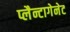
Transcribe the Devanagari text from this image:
प्लैन्टागेनेट